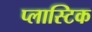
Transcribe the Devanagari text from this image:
प्‍लास्‍टिक